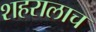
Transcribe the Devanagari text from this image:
शहरालाच